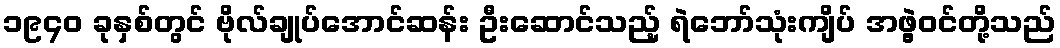
၁၉၄၀ ခုနှစ်တွင် ဗိုလ်ချုပ်အောင်ဆန်း ဦးဆောင်သည့် ရဲဘော်သုံးကျိပ် အဖွဲ့ဝင်တို့သည်